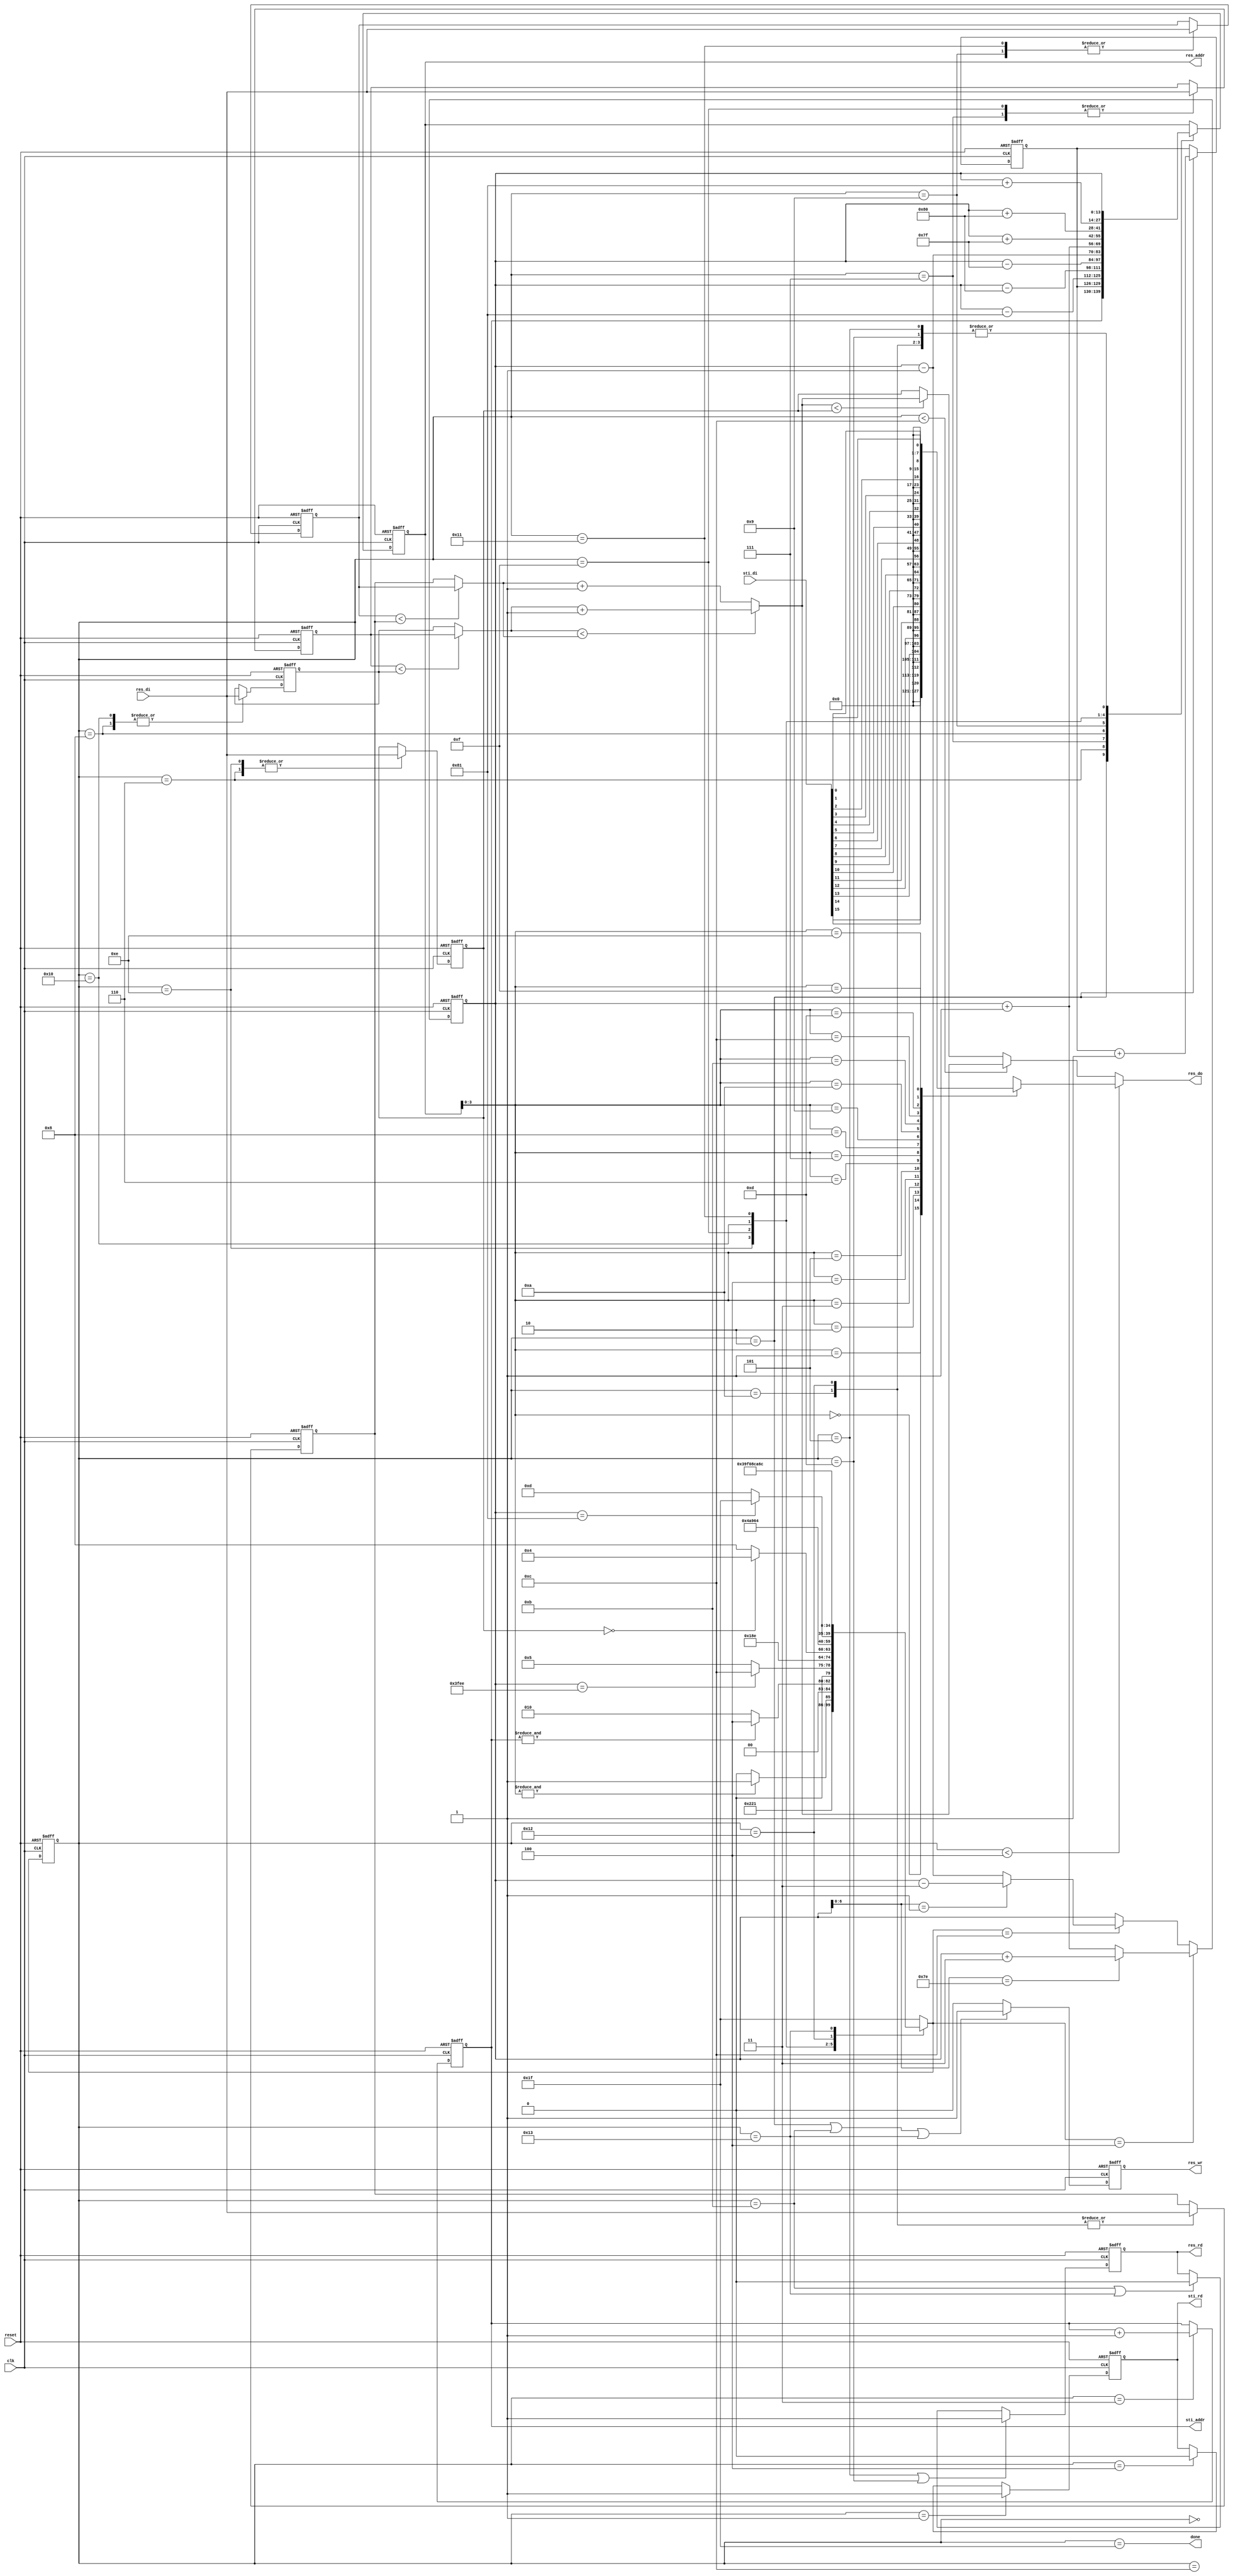
module DT(clk, reset, done, sti_rd, sti_addr, sti_di, res_wr, res_rd, res_addr, res_do, res_di);
	
	input 					clk;
	input					reset;
	output					done;

	output	reg				sti_rd;
	output	reg	[9:0]		sti_addr;
	input		[15:0]		sti_di;
	
	output	reg				res_wr;
	output	reg				res_rd;
	output	reg	[13:0]		res_addr;
	output	reg	[7:0]		res_do;
	input		[7:0]		res_di;

	//reg			[0:16383]	img_STI;

	reg			[13:0]		count_addr;

	reg			[3:0]		sti_count;

	reg			[7:0]		mid_val;
	reg			[7:0]		val1;
	reg			[7:0]		val2;
	reg			[7:0]		val3;
	reg			[7:0]		val4;


	wire		[7:0]		cmp1;
	wire		[7:0]		cmp2;
	wire		[7:0]		ans_FP;
	wire		[7:0]		ans_BP;

	reg			[4:0]		state;
	reg			[4:0]		nstate;

	// parameter IDLE = 5'd0,
	// 			START_STI 	= 5'd1,
	// 			READ_STI 	= 5'd2,
	// 			START_WRITE = 5'd3,
	// 			WRITE_STI 	= 5'd4,
	// 			FP_PREPARE 	= 5'd5,
	// 			FP_START 	= 5'd6,
	// 			FP_MID 		= 5'd7,
	// 			FP_NW 		= 5'd8,
	// 			FP_N 		= 5'd9,
	// 			FP_NE 		= 5'd10,
	// 			FP_W 		= 5'd11,
	// 			FP_WRITE 	= 5'd12,
	// 			BP_PREPARE 	= 5'd13,
	// 			BP_START 	= 5'd14,
	// 			BP_MID 		= 5'd15,
	// 			BP_E 		= 5'd16,
	// 			BP_SW 		= 5'd17,
	// 			BP_S 		= 5'd18,
	// 			BP_SE 		= 5'd19,
	// 			BP_WRITE 	= 5'd20,
	// 			FINISH 		= 5'd21;

	parameter IDLE = 5'd0,
				READ_STI 	= 5'd1,
				WRITE_STI 	= 5'd2,
				NEXT_STI 	= 5'd3,
				FP_PREPARE 	= 5'd4,
				FP_START 	= 5'd5,
				FP_MID 		= 5'd6,
				FP_NW 		= 5'd7,
				FP_N 		= 5'd8,
				FP_NE 		= 5'd9,
				FP_W 		= 5'd10,
				FP_WRITE 	= 5'd11,
				BP_PREPARE 	= 5'd12,
				BP_START 	= 5'd13,
				BP_MID 		= 5'd14,
				BP_E 		= 5'd15,
				BP_SW 		= 5'd16,
				BP_S 		= 5'd17,
				BP_SE 		= 5'd18,
				BP_WRITE 	= 5'd19,
				FINISH 		= 5'd31;

	assign cmp1 = (val1 < val2) ? val1 : val2;
	assign cmp2 = (val3 < val4) ? val3 : val4;
	assign ans_FP = (cmp1 < cmp2) ? cmp1 + 8'd1 : cmp2 + 8'd1;
	assign ans_BP = (ans_FP < mid_val) ? ans_FP : mid_val;

	assign done = (state == FINISH);

	always @(posedge clk or negedge reset) begin
		if (!reset) begin
			sti_rd <= 1'b0;
		end
		else if (state == READ_STI) begin
			sti_rd <= 1'b1;
		end
		else if (state == FP_PREPARE) begin
			sti_rd <= 1'b0;
		end
	end
	
	always @(posedge clk or negedge reset) begin
		if (!reset) begin
			sti_addr <= 10'b0;
		end
		else if (state == NEXT_STI) begin
			sti_addr <= sti_addr + 10'b1;
		end
	end

	always @(posedge clk or negedge reset) begin
		if (!reset) begin
			sti_count <= 4'b0;
		end
		else if (state == WRITE_STI)begin
			sti_count <= sti_count + 4'b1;
		end
	end

	always @(posedge clk or negedge reset) begin
		if (!reset) begin
			res_wr <= 1'b0;
		end
		else if (state == WRITE_STI || state == FP_WRITE || state == BP_WRITE) begin
			res_wr <= 1'b1;
		end
		else begin
			res_wr <= 1'b0;
		end
	end

	always @(posedge clk or negedge reset) begin
		if (!reset) begin
			res_rd <= 1'b0;
		end
		else if (state == FP_START || state == BP_START)begin
			res_rd <= 1'b1;
		end
		else if (state == FP_WRITE || state == BP_WRITE) begin
			res_rd <= 1'b0;
		end
	end

	always @(posedge clk or negedge reset) begin
		if (!reset) begin
			res_addr <= 14'b0;
		end
		else begin
			case (state)
				WRITE_STI 	: res_addr <= {sti_addr, sti_count};
				FP_START 	: res_addr <= count_addr;
				FP_MID 		: res_addr <= count_addr - 14'd129;
				FP_NW 		: res_addr <= count_addr - 14'd128;
				FP_N 		: res_addr <= count_addr - 14'd127;
				FP_NE 		: res_addr <= count_addr - 14'd1;
				FP_W 		: res_addr <= count_addr; // for FP_WRITE
				BP_START 	: res_addr <= count_addr;
				BP_MID 		: res_addr <= count_addr + 14'd1;
				BP_E 		: res_addr <= count_addr + 14'd127;
				BP_SW 		: res_addr <= count_addr + 14'd128;
				BP_S 		: res_addr <= count_addr + 14'd129;
				BP_SE 		: res_addr <= count_addr; // for BP_WRITE
				default		: res_addr <= res_addr;
			endcase
		end
	end

	always @(posedge clk or negedge reset) begin
		if (!reset) begin
			count_addr <= 14'd128;
		end
		else if (nstate == FP_PREPARE) begin
			if (count_addr[6:0] == 7'd126) begin  // x == 126
				count_addr <= count_addr + 14'd3;
			end
			else begin
				count_addr <= count_addr + 14'd1;
			end
		end
		else if (nstate == BP_PREPARE) begin
			if (count_addr[6:0] == 7'b000_0001) begin // x == 1
				count_addr <= count_addr - 14'd3;
			end
			else begin
				count_addr <= count_addr - 14'd1;
			end
		end
	end

	always @(posedge clk or negedge reset) begin
		if (!reset) begin
			mid_val	<= 8'b0;
			val1	<= 8'b0;
			val2	<= 8'b0;
			val3	<= 8'b0;
			val4	<= 8'b0;
		end
		else begin
			case (state)
				FP_MID 	: mid_val	<= res_di;
				FP_NW 	: val1		<= res_di;
				FP_N 	: val2		<= res_di;
				FP_NE 	: val3		<= res_di;
				FP_W 	: val4		<= res_di;
				BP_MID 	: mid_val	<= res_di;
				BP_E 	: val1		<= res_di;
				BP_SW 	: val2		<= res_di;
				BP_S 	: val3		<= res_di;
				BP_SE 	: val4		<= res_di;
				default	: mid_val	<= mid_val;
			endcase
		end
	end

	always @(*) begin
		if (state < FP_PREPARE) begin
			case (res_addr[3:0]) 
				4'd0 : res_do = {7'b0, sti_di[15]};
				4'd1 : res_do = {7'b0, sti_di[14]};
				4'd2 : res_do = {7'b0, sti_di[13]};
				4'd3 : res_do = {7'b0, sti_di[12]};
				4'd4 : res_do = {7'b0, sti_di[11]};
				4'd5 : res_do = {7'b0, sti_di[10]};
				4'd6 : res_do = {7'b0, sti_di[9]};
				4'd7 : res_do = {7'b0, sti_di[8]};
				4'd8 : res_do = {7'b0, sti_di[7]};
				4'd9 : res_do = {7'b0, sti_di[6]};
				4'd10 : res_do = {7'b0, sti_di[5]};
				4'd11 : res_do = {7'b0, sti_di[4]};
				4'd12 : res_do = {7'b0, sti_di[3]};
				4'd13 : res_do = {7'b0, sti_di[2]};
				4'd14 : res_do = {7'b0, sti_di[1]};
				4'd15 : res_do = {7'b0, sti_di[0]};
			endcase
		end
		else if (state < BP_PREPARE)begin
			res_do = ans_FP;
		end
		else begin
			res_do = ans_BP;
		end
	end

	always @(*) begin
		case(state)
			IDLE		: nstate = READ_STI;
			READ_STI	: nstate = WRITE_STI;
			WRITE_STI	: begin
				if (&res_addr[3:0])				nstate = NEXT_STI;
				else							nstate = WRITE_STI;
			end
			NEXT_STI	: nstate = (&sti_addr) ? FP_PREPARE : WRITE_STI;
			FP_PREPARE 	: nstate = (count_addr == 14'd16366) ? BP_PREPARE : FP_START;
			FP_START 	: nstate = FP_MID;
			FP_MID 		: nstate = FP_NW;
			FP_NW 		: nstate = (mid_val == 8'b0) ? FP_PREPARE : FP_N;
			FP_N 		: nstate = FP_NE;
			FP_NE 		: nstate = FP_W;
			FP_W 		: nstate = FP_WRITE;
			FP_WRITE 	: nstate = FP_PREPARE;
			BP_PREPARE 	: nstate = (count_addr == 14'd129) ? FINISH : BP_START;
			BP_START 	: nstate = BP_MID;
			BP_MID 		: nstate = BP_E;
			BP_E 		: nstate = BP_SW;//(mid_val == 8'b0) ? BP_PREPARE : BP_SW;
			BP_SW 		: nstate = BP_S;
			BP_S 		: nstate = BP_SE;
			BP_SE 		: nstate = BP_WRITE;
			BP_WRITE 	: nstate = BP_PREPARE;
			default		: nstate = FINISH;
		endcase
	end

	always @(posedge clk or negedge reset) begin
		if (!reset) 		state <= IDLE;
		else 				state <= nstate;
	end



endmodule